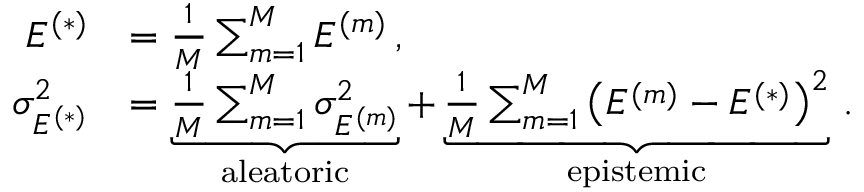
\begin{array} { r l } { E ^ { ( * ) } } & { = \frac { 1 } { M } \sum _ { m = 1 } ^ { M } E ^ { ( m ) } \, , } \\ { \sigma _ { E ^ { ( * ) } } ^ { 2 } } & { = \underbrace { \frac { 1 } { M } \sum _ { m = 1 } ^ { M } \sigma _ { E ^ { ( m ) } } ^ { 2 } } _ { \mathrm { a l e a t o r i c } } + \underbrace { \frac { 1 } { M } \sum _ { m = 1 } ^ { M } \left( E ^ { ( m ) } - E ^ { ( * ) } \right) ^ { 2 } } _ { \mathrm { e p i s t e m i c } } \, . } \end{array}